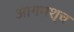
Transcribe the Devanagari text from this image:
आगमश्च